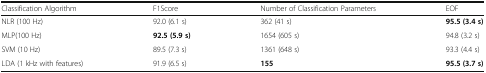
| Classification Algorithm | F1Score | Number of Classification Parameters | EOF |
 | --- | --- | --- | --- |
 | NLR (100 Hz) | 92.0 (6.1 s) | 362 (41 s) | 95.5 (3.4 s) |
 | MLP(100 Hz) | 92.5 (5.9 s) | 1654 (605 s) | 94.8 (3.2 s) |
 | SVM (10 Hz) | 89.5 (7.3 s) | 1361 (648 s) | 93.3 (4.4 s) |
 | LDA (1 kHz with features) | 91.9 (6.5 s) | 155 | 95.5 (3.7 s) |